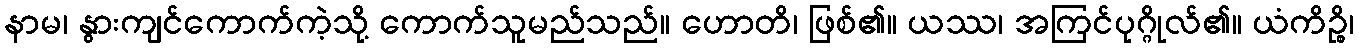
နာမ၊ နွားကျင်ကောက်ကဲ့သို့ ကောက်သူမည်သည်။ ဟောတိ၊ ဖြစ်၏။ ယဿ၊ အကြင်ပုဂ္ဂိုလ်၏။ ယံကိဉ္စိ၊